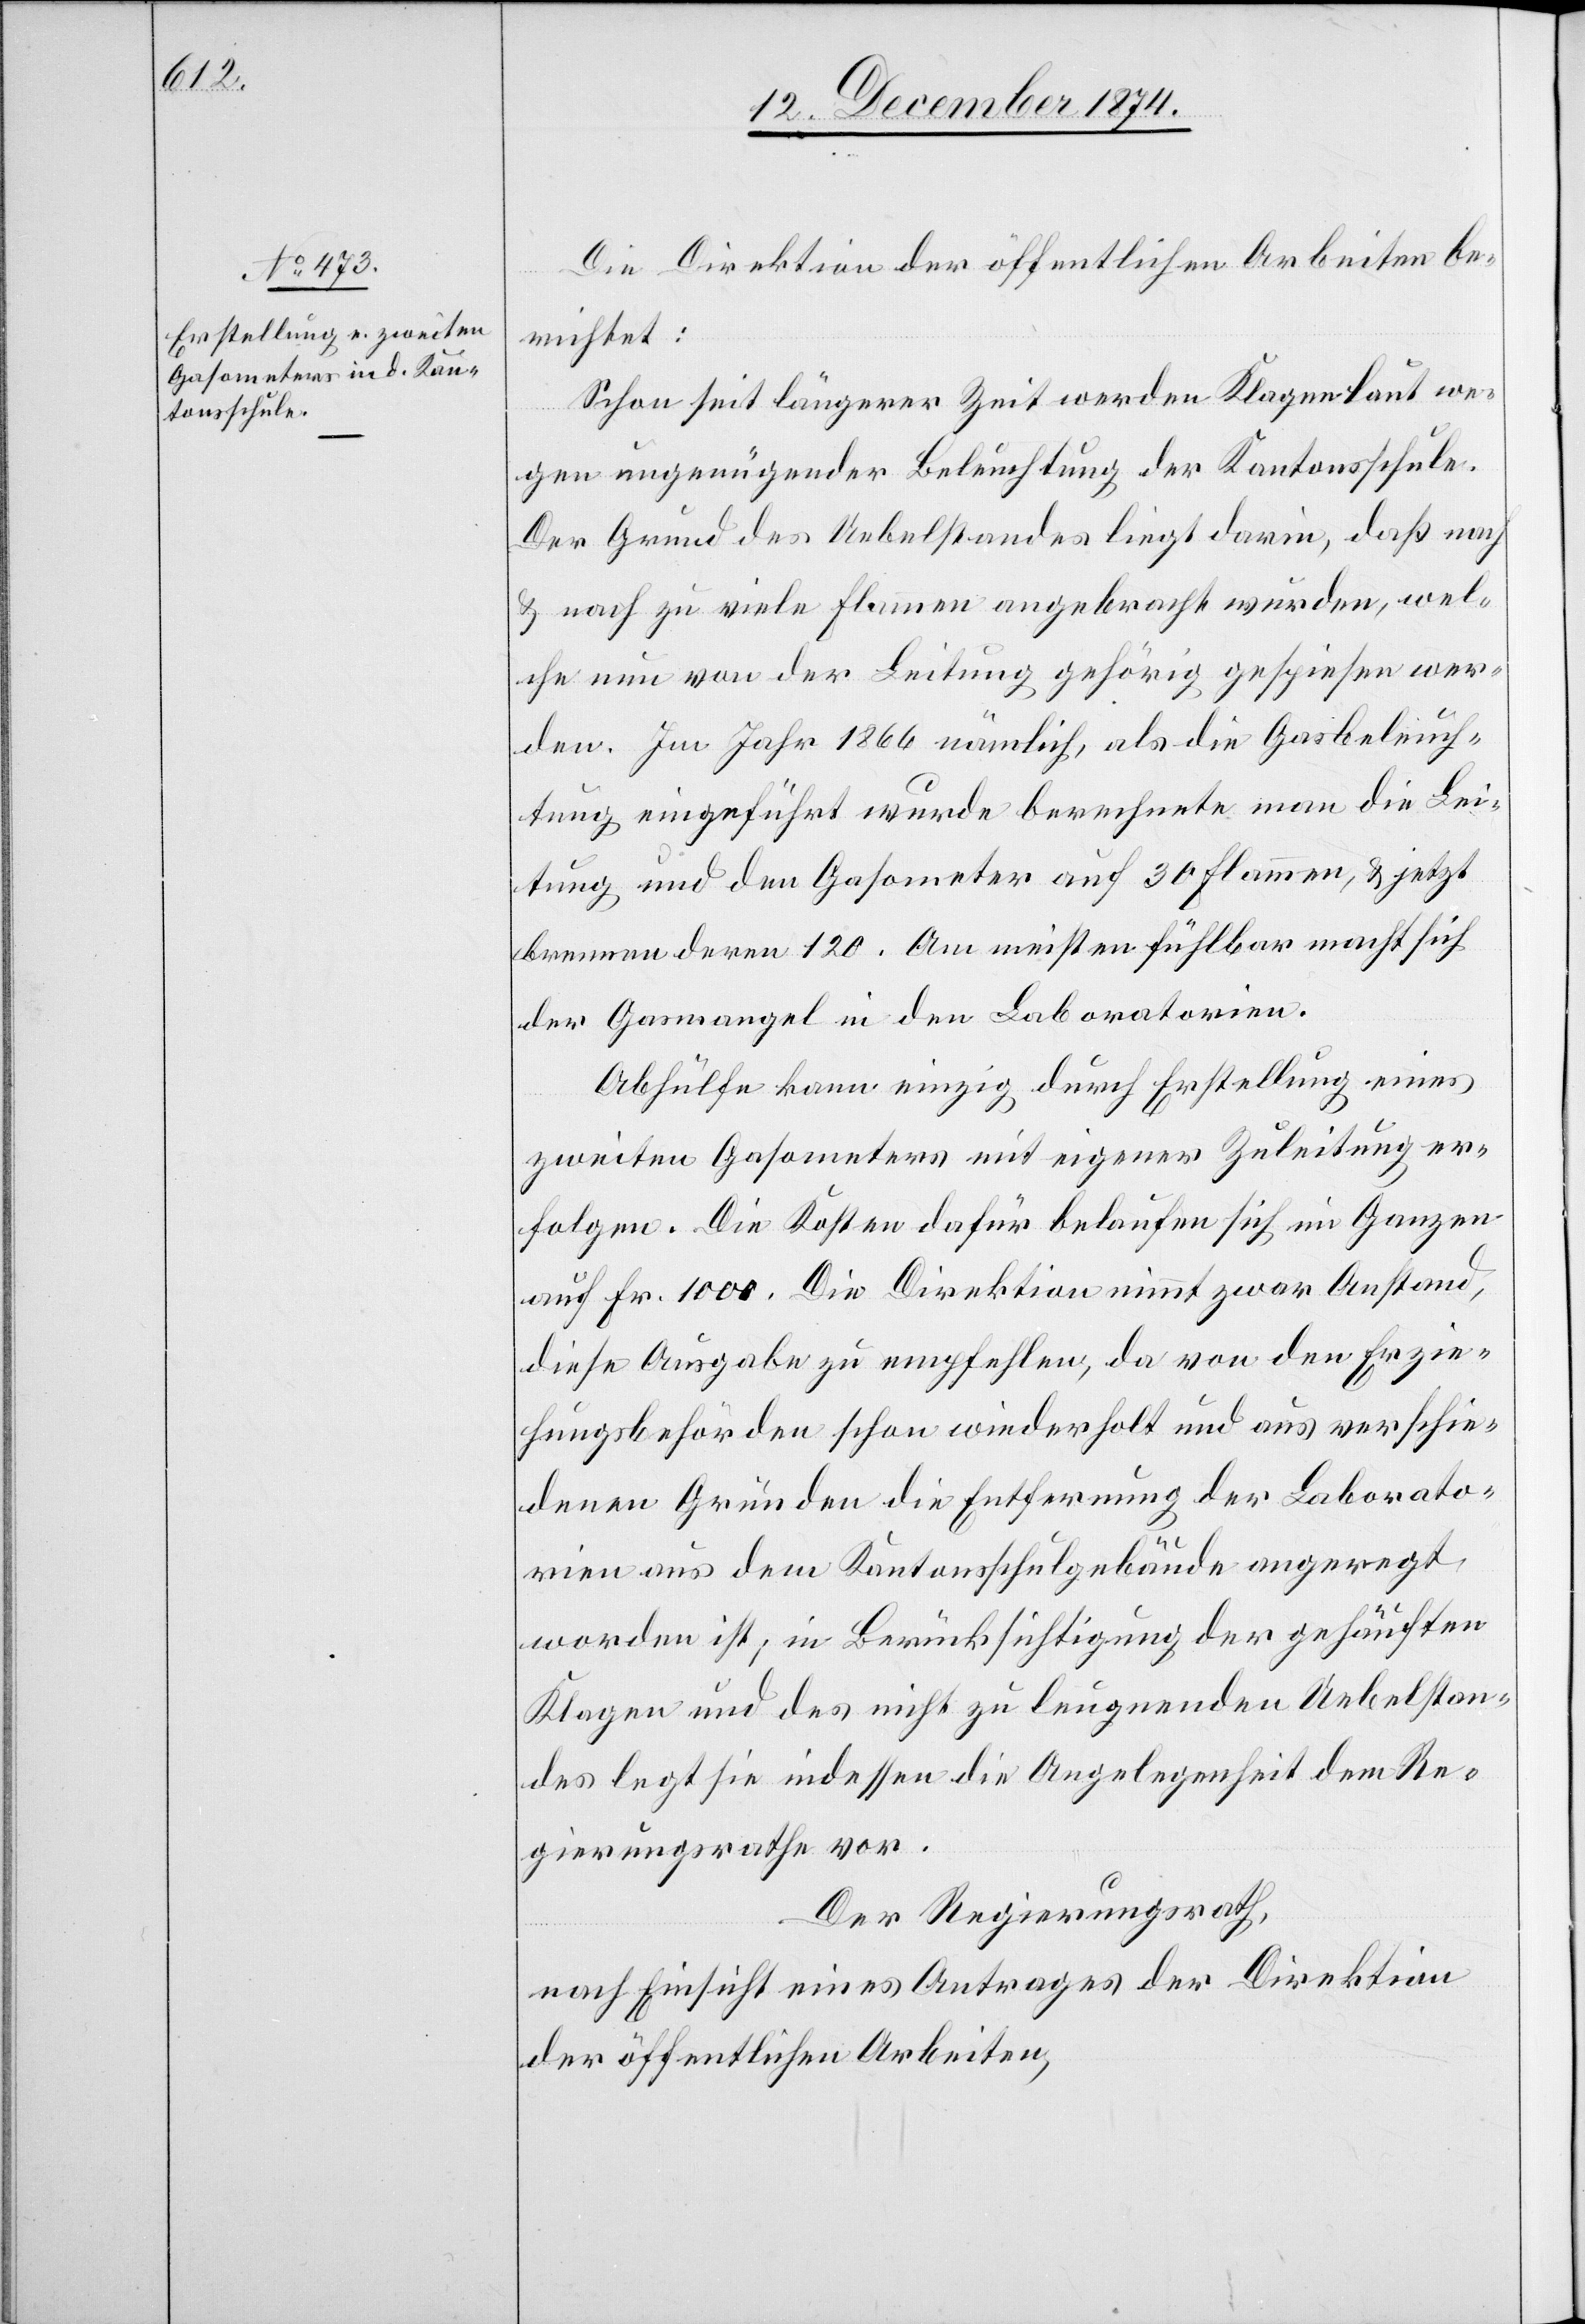
Die Direktion der öffentlichen Arbeiten be¬
richtet:
Schon seit längerer Zeit werden Klagen laut we¬
gen ungenügender Beleuchtung der Kantonsschule.
Der Grund des Uebelstandes liegt darin, daß nach
& nach zu viele Flammen angebracht wurden, wel¬
che nun von der Leitung gehörig gespiesen wer¬
den. Im Jahr 1866 nämlich, als die Gasbeleuch¬
tung eingeführt wurde berechnete man die Lei¬
tung und den Gasometer auf 30 Flammen, & jetzt
brennen deren 120. Am meisten fühlbar macht sich
der Gasmangel in den Laboratorien.
Abhülfe kann einzig durch Erstellung eines
zweiten Gasometers mit eigener Zuleitung er¬
folgen. Die Kosten dafür belaufen sich im Ganzen
auf Fr. 1000. Die Direktion nimmt zwar Anstand,
diese Ausgabe zu empfehlen, da von den Erzie¬
hungsbehörden schon wiederholt und aus verschie¬
denen Gründen die Entfernung der Laborato¬
rien aus dem Kantonsschulgebäude angeregt
worden ist; in Berücksichtigung der gehäuften
Klagen und des nicht zu leugnenden Uebelstan¬
des legt sie indessen die Angelegenheit dem Re¬
gierungsrathe vor.
Der Regierungsrath,
nach Einsicht eines Antrages der Direktion
der öffentlichen Arbeiten,